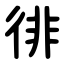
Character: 徘